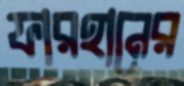
ফারহানের